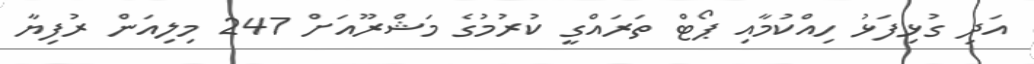
އަދި ގުޅިފަޅު ހިއްކުމާއި ޕޯޓް ތަރައްގީ ކުރުމުގެ މަޝްރޫއަށް 247 މިލިއަން ރުފިޔާ